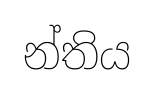
න්තිය